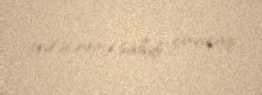
gələcəyinə sahib çıxacaq.